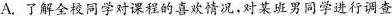
A.了解全校同学对课程的喜欢情况，对某班男同学进行调查